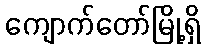
ကျောက်တော်မြို့ရှိ